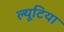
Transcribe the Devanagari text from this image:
ल्यूटिया